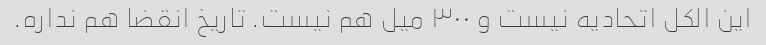
این الکل اتحادیه نیست و ۳۰۰ میل هم نیست. تاریخ انقضا هم نداره.